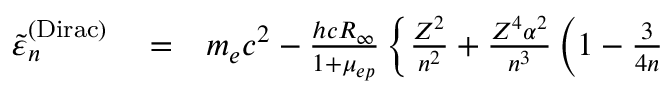
\begin{array} { r l r } { \tilde { \varepsilon } _ { n } ^ { \mathrm { ( D i r a c ) } } } & { { } = } & { m _ { e } c ^ { 2 } - \frac { h c R _ { \infty } } { 1 + \mu _ { e p } } \, \bigg \{ \frac { Z ^ { 2 } } { n ^ { 2 } } + \frac { Z ^ { 4 } \alpha ^ { 2 } } { n ^ { 3 } } \, \Big ( 1 - \frac { 3 } { 4 n } } \end{array}